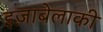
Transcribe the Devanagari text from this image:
इज़ाबेलाकी